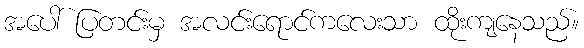
အပေါ် ပြတင်းမှ အလင်းရောင်ကလေးသာ ထိုးကျနေသည်။